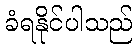
ခံရနိုင်ပါသည်